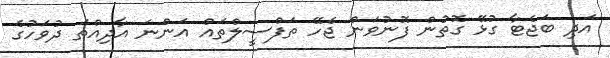
އަދި ބަޖެޓާ ގުޅޭ ގޮތުން ފޮނުވަން ޖެހޭ ތަފްސީލްތައް އަންނަ އާދިއްތަ ދުވަހުގެ